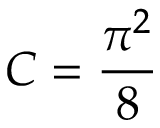
C = { \frac { \pi ^ { 2 } } { 8 } }